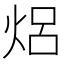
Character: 焒